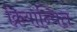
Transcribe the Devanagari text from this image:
क्रियान्यित